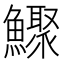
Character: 𩼦